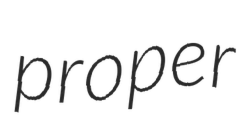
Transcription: proper